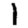
Digit: 1